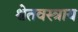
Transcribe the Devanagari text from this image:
श्वेतवस्त्राय